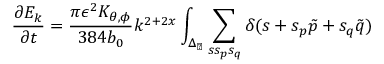
\frac { \partial E _ { k } } { \partial t } = \frac { \pi \epsilon ^ { 2 } K _ { \theta , \phi } } { 3 8 4 b _ { 0 } } k ^ { 2 + 2 x } \int _ { \Delta _ { \perp } } \sum _ { s s _ { p } s _ { q } } \delta ( s + s _ { p } \tilde { p } + s _ { q } \tilde { q } )